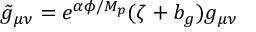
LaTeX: \tilde { g } _ { \mu \nu } = e ^ { \alpha \phi / M _ { p } } ( \zeta + b _ { g } ) g _ { \mu \nu }